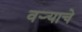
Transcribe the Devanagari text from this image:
वऱ्याचे